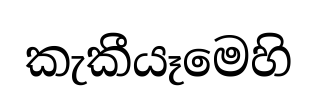
කැකීයෑමෙහි